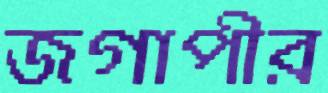
জগাপীর